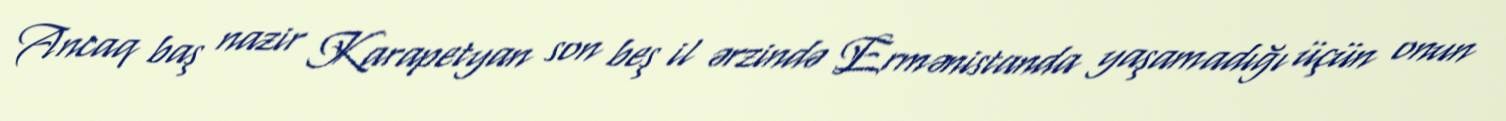
Ancaq baş nazir Karapetyan son beş il ərzində Ermənistanda yaşamadığı üçün onun